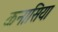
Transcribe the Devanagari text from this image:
कनासिया